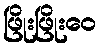
ဖြိုးဖြိုးဝေ